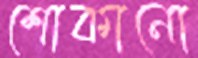
শোকানো